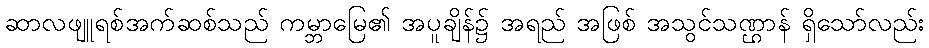
ဆာလဖျူရစ်အက်ဆစ်သည် ကမ္ဘာမြေ၏ အပူချိန်၌ အရည် အဖြစ် အသွင်သဏ္ဌာန် ရှိသော်လည်း